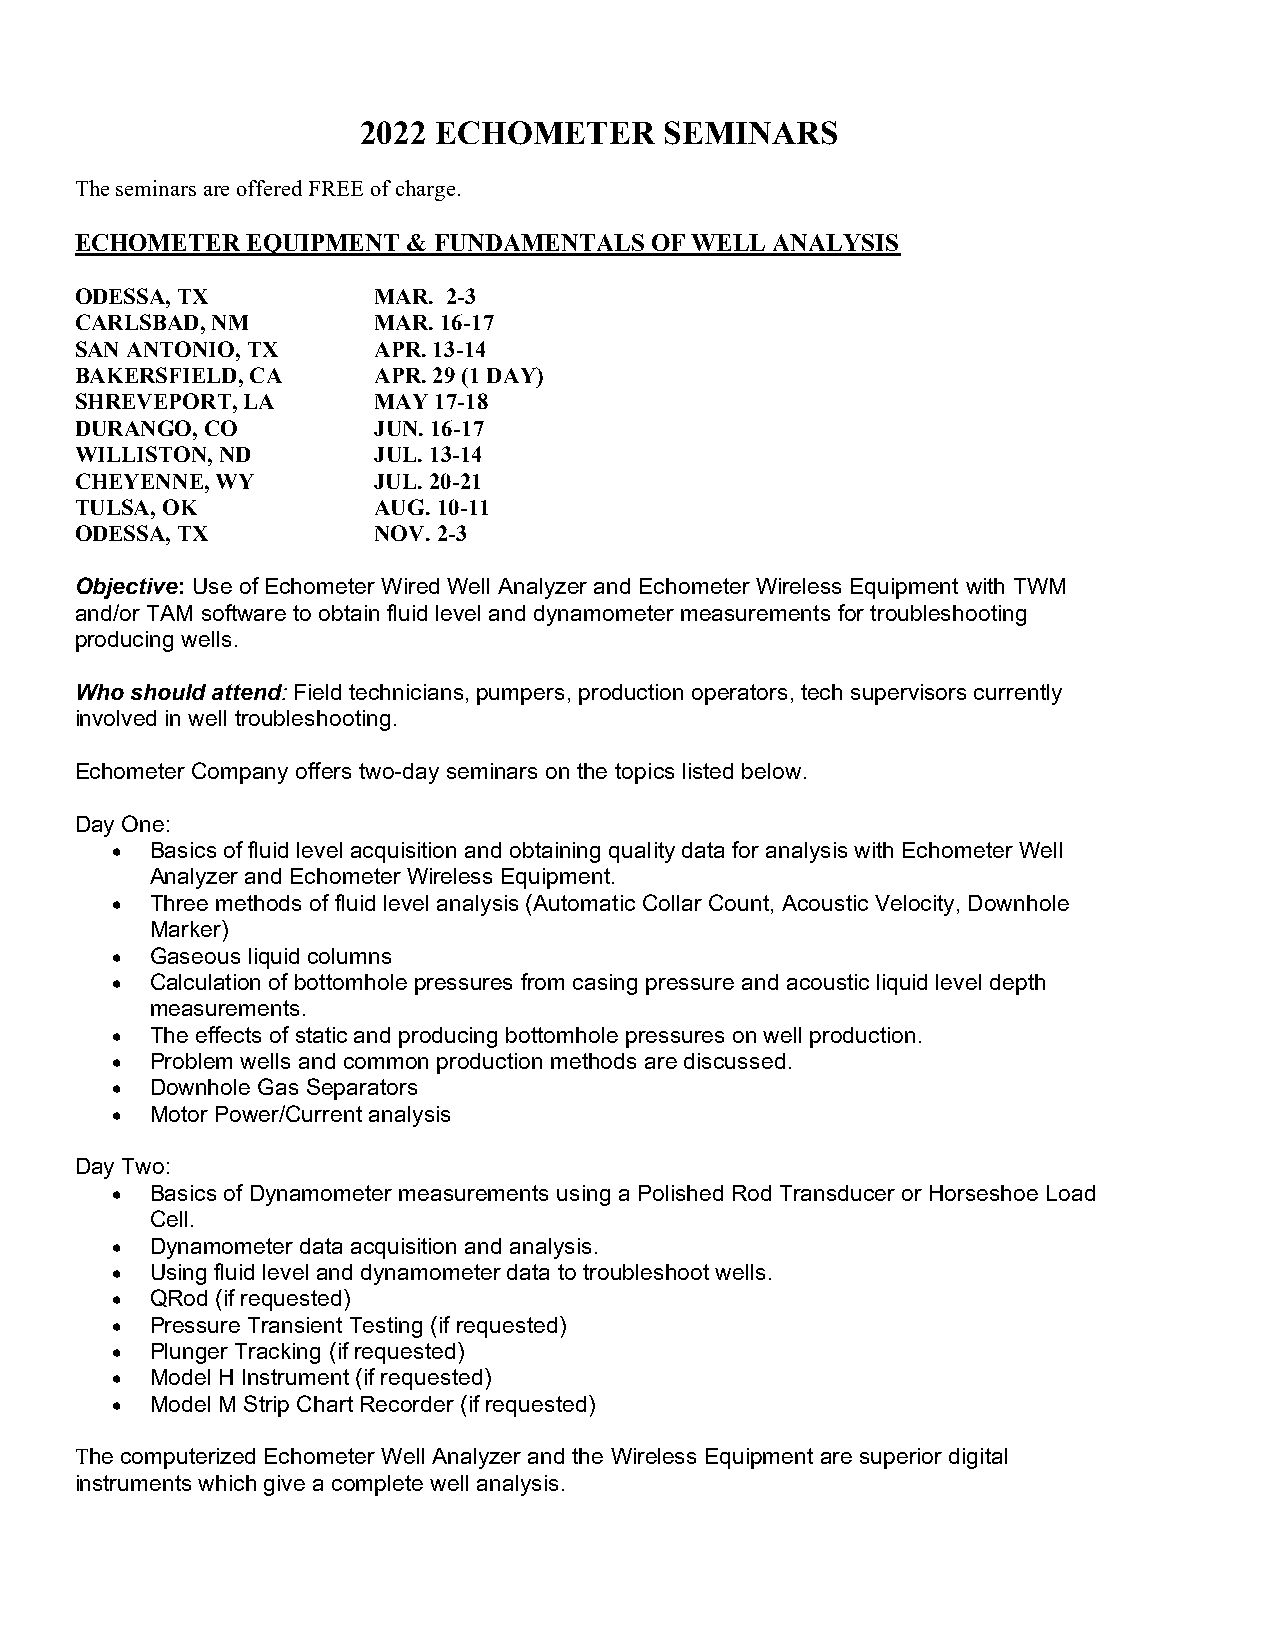
2022 ECHOMETER      SEMINARS
 The seminars are offered FREE of charge.
 ECHOMETER  EQUIPMENT  & FUNDAMENTALS  OF WELL ANALYSIS
 ODESSA, TX          MAR. 2-3
 CARLSBAD, NM        MAR. 16-17
 SAN ANTONIO, TX     APR. 13-14
 BAKERSFIELD, CA     APR. 29 (1 DAY)
 SHREVEPORT, LA      MAY 17-18
 DURANGO, CO         JUN. 16-17
 WILLISTON, ND       JUL. 13-14
 CHEYENNE, WY        JUL. 20-21
 TULSA, OK           AUG. 10-11
 ODESSA, TX          NOV. 2-3
 Objective: Use of Echometer Wired Well Analyzer and Echometer Wireless Equipment with TWM
 and/or TAM software to obtain fluid level and dynamometer measurements for troubleshooting
 producing wells.
 Who should attend: Field technicians, pumpers, production operators, tech supervisors currently
 involved in well troubleshooting.
 Echometer Company offers two-day seminars on the topics listed below.
 Day One:
   Basics of fluid level acquisition and obtaining quality data for analysis with Echometer Well
 Analyzer and Echometer Wireless Equipment.
   Three methods of fluid level analysis (Automatic Collar Count, Acoustic Velocity, Downhole
 Marker)
   Gaseous liquid columns
   Calculation of bottomhole pressures from casing pressure and acoustic liquid level depth
 measurements.
   The effects of static and producing bottomhole pressures on well production.
   Problem wells and common production methods are discussed.
   Downhole Gas Separators
   Motor Power/Current analysis
 Day Two:
   Basics of Dynamometer measurements using a Polished Rod Transducer or Horseshoe Load
 Cell.
   Dynamometer data acquisition and analysis.
   Using fluid level and dynamometer data to troubleshoot wells.
   QRod (if requested)
   Pressure Transient Testing (if requested)
   Plunger Tracking (if requested)
   Model H Instrument (if requested)
   Model M Strip Chart Recorder (if requested)
 The computerized Echometer Well Analyzer and the Wireless Equipment are superior digital
 instruments which give a complete well analysis.